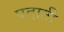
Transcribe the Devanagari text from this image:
पदाती